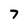
Character: 7